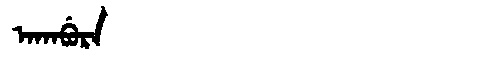
Manchu: ᠠᡴᠠᠪᡠᡵᠠ
Romanization: AKABURA